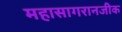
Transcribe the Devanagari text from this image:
महासागरानजीक